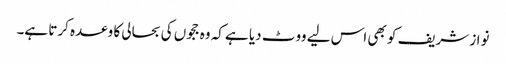
نواز شریف کو بھی اس لیے ووٹ دیا ہے کہ وہ ججوں کی بحالی کا وعدہ کرتا ہے۔